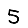
Digit: 5